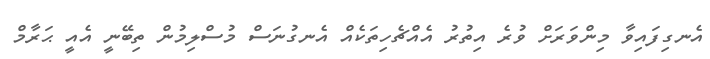
އެނގިފައިވާ މިންވަރަށް ވުރެ އިތުރު އެއްޗެހިތަކެއް އެނގުނަސް މުސްލިމުން ތިބޭނީ އެއީ ޙަރާމް